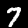
Digit: 7